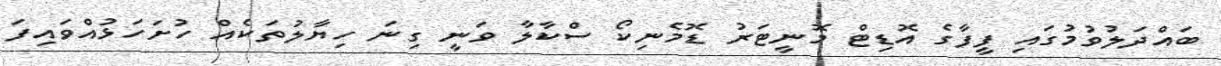
ބައްދަލުވުމުގައި ފީފާގެ އޮޑިޓް މޮނީޓަރު ޑޮމެނިކޯ ސްކާލާ ވަނީ ގިނަ ހިޔާލުތަކެއް ހުށަހަޅުއްވައިފަ